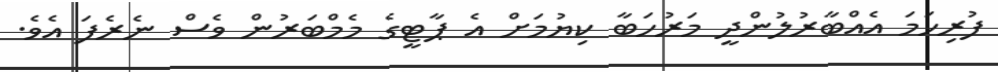
ފުރިހަމަ އެއްބާރުލުންދީ މަރުހަބާ ކިޔުމަށް އެ ޕާޓީގެ މެމްބަރުން ވެސް ނެރެފަ އެވެ.